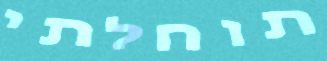
תוחלתי